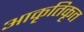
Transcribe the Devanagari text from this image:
आकृतिकृत